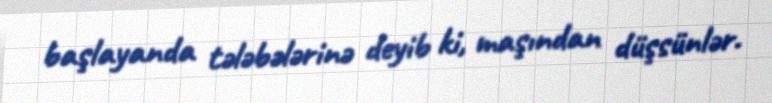
başlayanda tələbələrinə deyib ki, maşından düşsünlər.